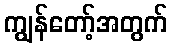
ကျွန်တော့်အတွက်